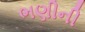
ભણીની